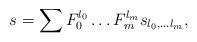
LaTeX: \begin{align*}s= \sum F_0^{l_0}\ldots F_m^{l_m} s_{l_0,\ldots l_m},\end{align*}